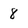
Character: 8